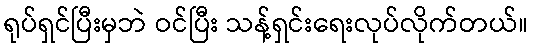
ရုပ်ရှင်ပြီးမှဘဲ ဝင်ပြီး သန့်ရှင်းရေးလုပ်လိုက်တယ်။